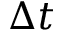
\Delta t